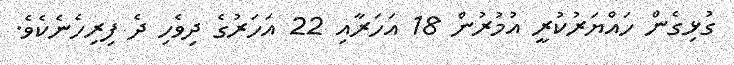
ގުޅިގެން ހައްޔަރުކުރީ އުމުރުން 18 އަހަރާއި 22 އަހަރުގެ ދިވެހި ދެ ފިރިހެނެކެވެ.